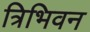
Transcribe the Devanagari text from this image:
त्रिभिवन